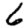
Digit: 6